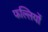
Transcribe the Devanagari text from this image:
फल्लियों